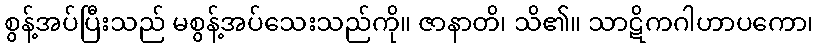
စွန့်အပ်ပြီးသည် မစွန့်အပ်သေးသည်ကို။ ဇာနာတိ၊ သိ၏။ သာဋိကဂါဟာပကော၊